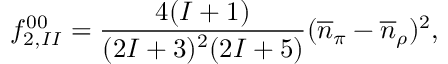
f _ { 2 , I I } ^ { 0 0 } = \frac { \textstyle 4 ( I + 1 ) } { \textstyle ( 2 I + 3 ) ^ { 2 } ( 2 I + 5 ) } ( \overline { { { n } } } _ { \pi } - \overline { { { n } } } _ { \rho } ) ^ { 2 } ,